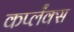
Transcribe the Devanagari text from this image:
कर्प्लंक्स